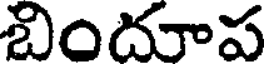
బిందూప